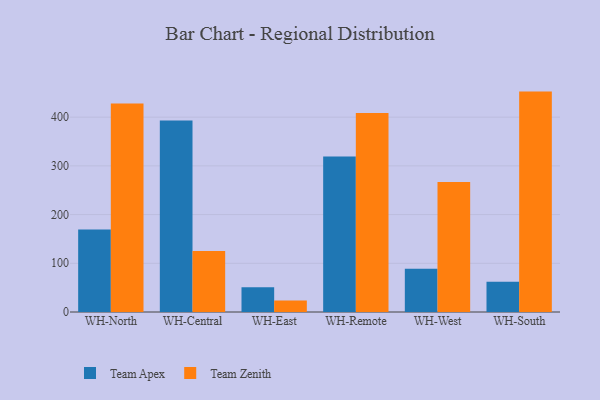
{"axis": {"x": "Warehouse", "y": "Customer Acquisition Cost (USD)"}, "legend": ["Team Apex", "Team Zenith"], "data": [{"x": "WH-North", "y": 169.6, "type": "Team Apex"}, {"x": "WH-North", "y": 427.9, "type": "Team Zenith"}, {"x": "WH-Central", "y": 393.4, "type": "Team Apex"}, {"x": "WH-Central", "y": 125.3, "type": "Team Zenith"}, {"x": "WH-East", "y": 51.0, "type": "Team Apex"}, {"x": "WH-East", "y": 23.4, "type": "Team Zenith"}, {"x": "WH-Remote", "y": 319.3, "type": "Team Apex"}, {"x": "WH-Remote", "y": 408.7, "type": "Team Zenith"}, {"x": "WH-West", "y": 88.6, "type": "Team Apex"}, {"x": "WH-West", "y": 267.0, "type": "Team Zenith"}, {"x": "WH-South", "y": 62.2, "type": "Team Apex"}, {"x": "WH-South", "y": 452.5, "type": "Team Zenith"}]}